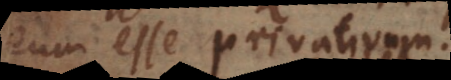
eum esse privativum.